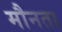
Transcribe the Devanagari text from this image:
मौनता